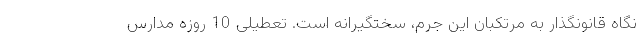
نگاه قانونگذار به مرتکبان این جرم، سختگیرانه است. تعطیلی 10 روزه مدارس